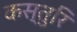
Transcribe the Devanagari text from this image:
कस्तुरि